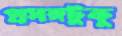
প্রসঙ্গটুকু